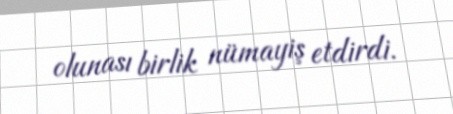
olunası birlik nümayiş etdirdi.